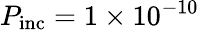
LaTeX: P_{\mathrm{inc}}=1\times 10^{-10}